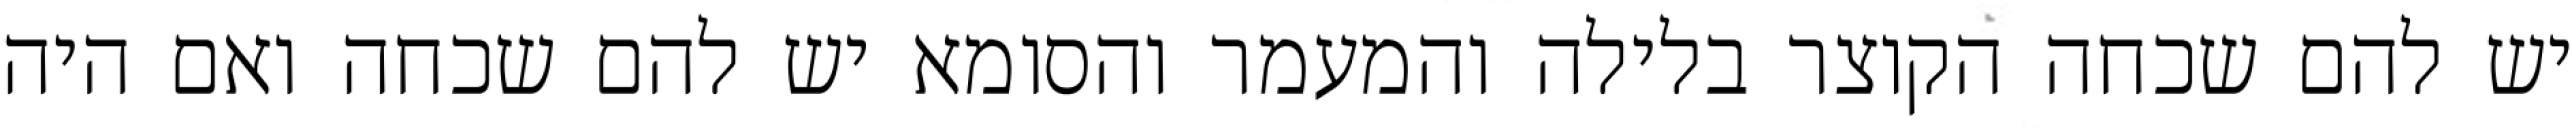
יש להם שכחה הקוצר בלילה והמעמר והסומא יש להם שכחה ואם היה